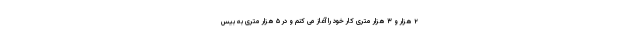
۲ هزار و ۳ هزار متری کار خود را آغاز می کنم و در ۵ هزار متری به بیس